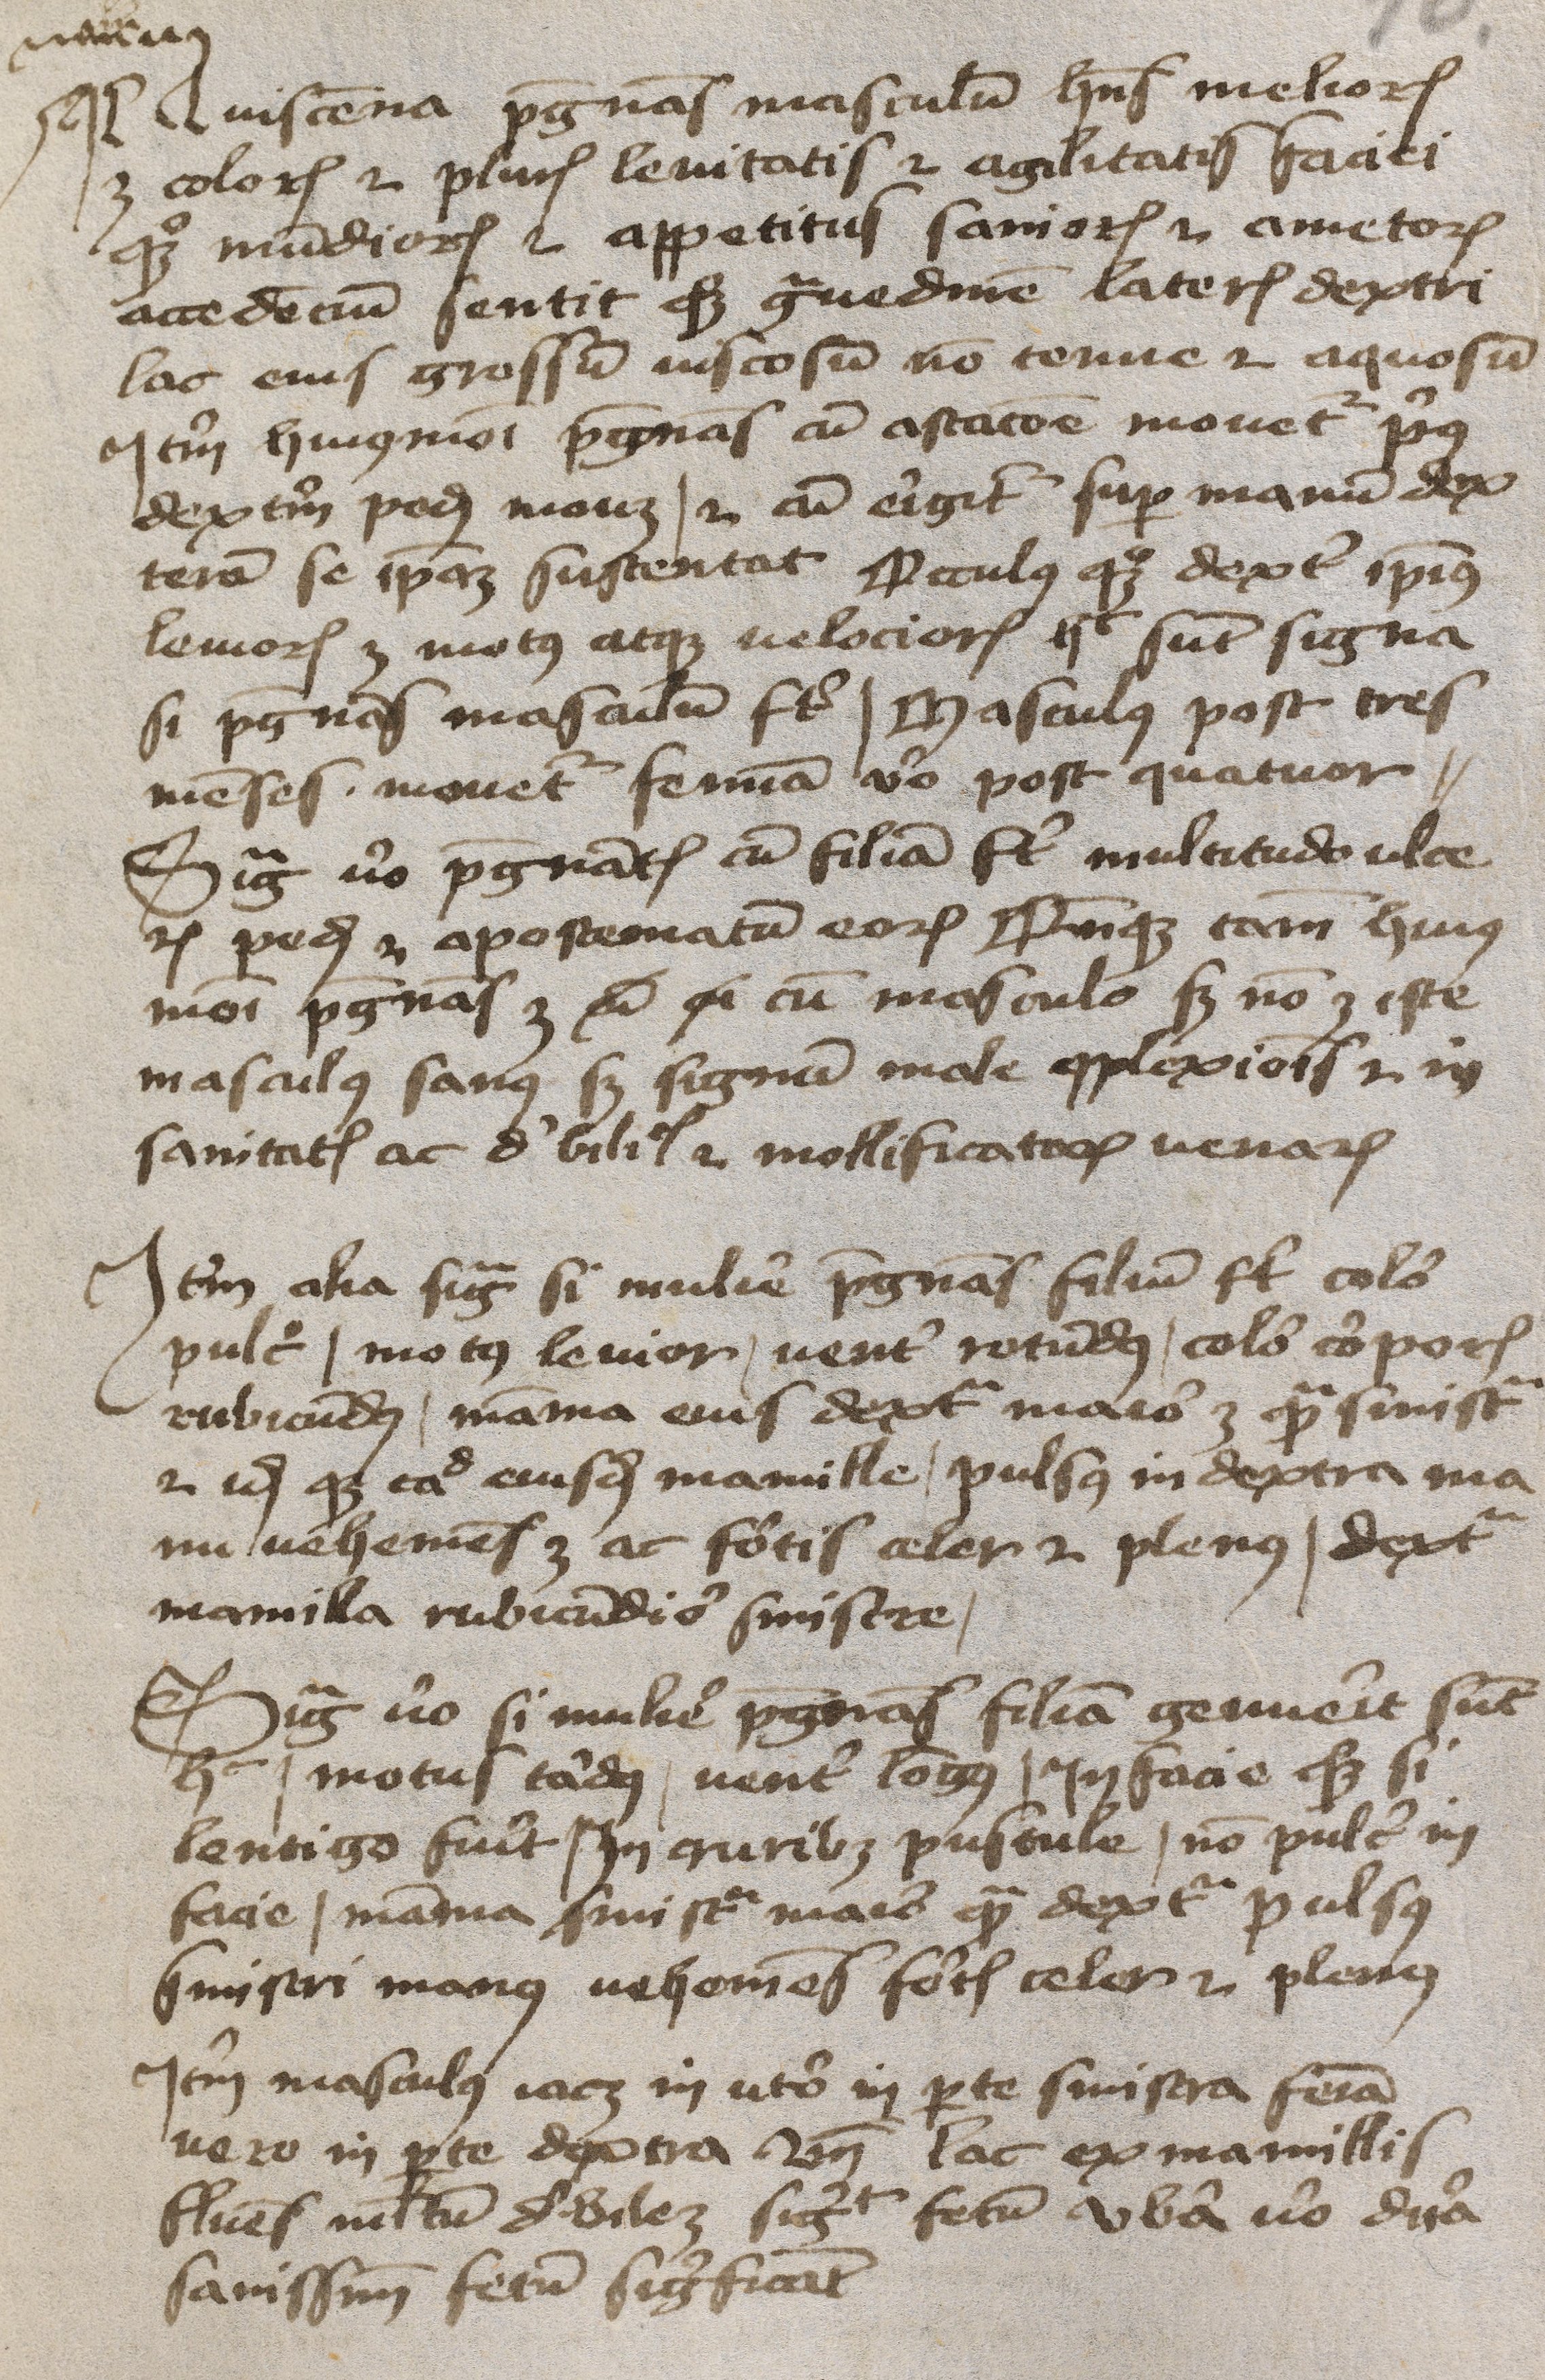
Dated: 1400–1424